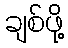
ချစ်ဖို့